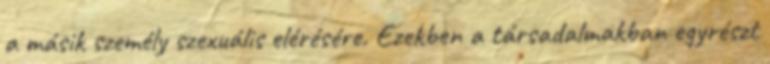
a másik személy szexuális elérésére. Ezekben a társadalmakban egyrészt